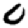
Digit: 0